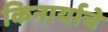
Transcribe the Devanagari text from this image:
किनार्याचे